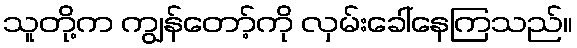
သူတို့က ကျွန်တော့်ကို လှမ်းခေါ်နေကြသည်။